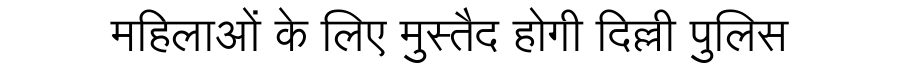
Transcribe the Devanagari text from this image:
महिलाओं के लिए मुस्तैद होगी दिल्ली पुलिस